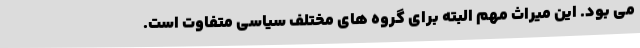
می بود. این میراث مهم البته برای گروه های مختلف سیاسی متفاوت است.